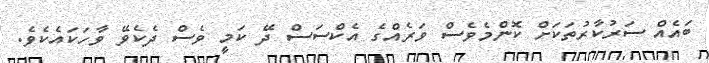
ބައެއް ސަރުކާރުތަކަށް ކޮންމެވެސް ވަރެއްގެ އެކްސަސް ދޭ ކަމީ ވެސް ދެކެވޭ ވާހަކައެކެވެ.